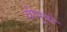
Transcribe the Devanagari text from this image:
स्रीपुष्पे